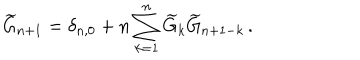
\widetilde { G } _ { n + 1 } = \delta _ { n , 0 } + n \sum _ { k = 1 } ^ { n } \widetilde { G } _ { k } \widetilde { G } _ { n + 1 - k } \, .